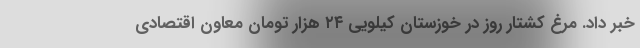
خبر داد. مرغ کشتار روز در خوزستان کیلویی ۲۴ هزار تومان معاون اقتصادی